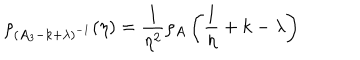
LaTeX: \rho _ { ( A _ { 3 } - k + \lambda ) ^ { - 1 } } ( \eta ) = \frac { 1 } { \eta ^ { 2 } } \rho _ { A } \left( \frac { 1 } { \eta } + k - \lambda \right)